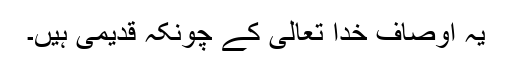
یہ اوصاف خدا تعالیٰ کے چونکہ قدیمی ہیں۔